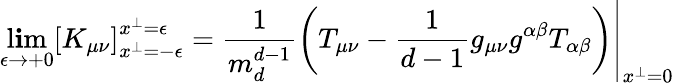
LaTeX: \operatorname*{l\mathbf{i}m}_{\epsilon\to+0}\left[K_{\mu\nu}\right]_{x^{\perp}=-\epsilon}^{x^{\perp}=\epsilon}=\left.\frac{{1}}{{m_{d}^{d-1}}}\left(T_{\mu\nu}-\frac{{1}}{{d-1}}g_{\mu\nu}g^{\alpha\beta}T_{\alpha\beta}\right)\right|_{x^{\perp}=0}